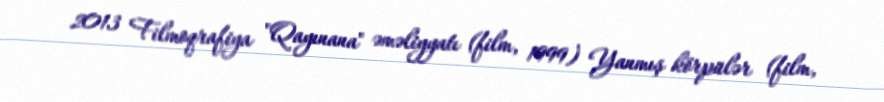
2013 Filmoqrafiya "Qayınana" əməliyyatı (film, 1999) Yanmış körpülər (film,